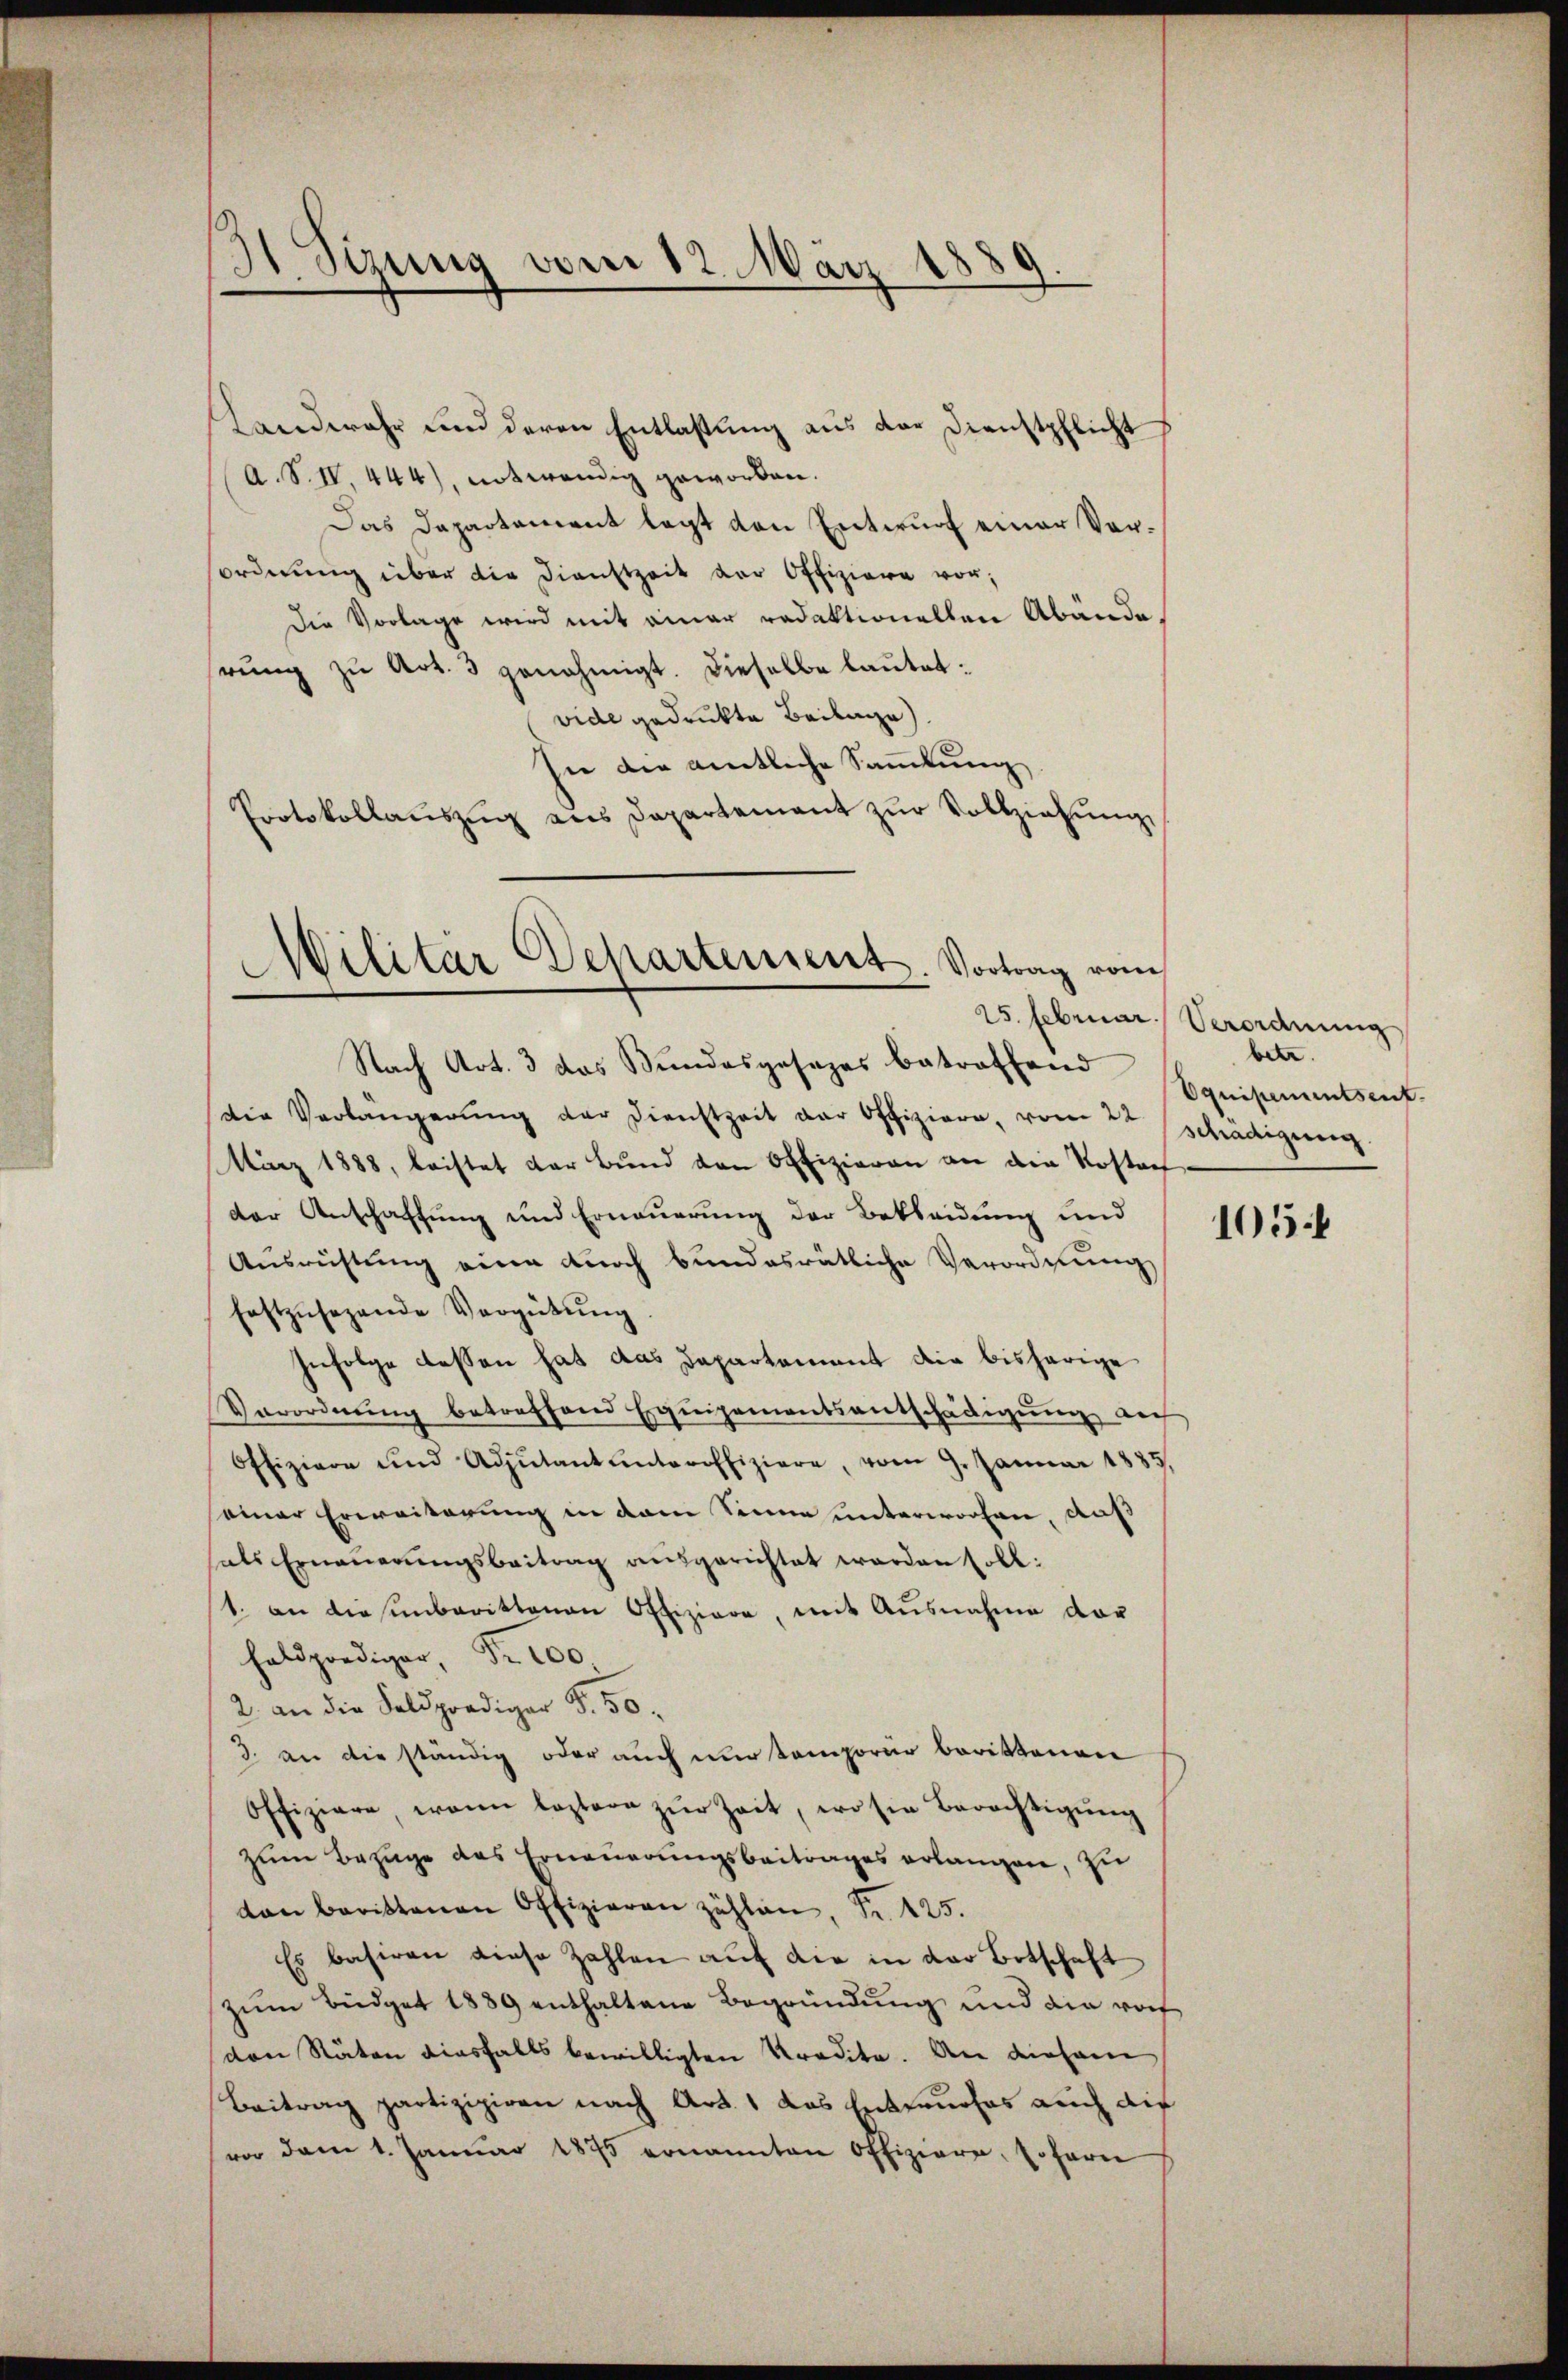
31 Sizung vom 12. März 1889.

Landwehr und deren Entlastung aus der Dienstpflicht
(A. S. IV. 444), notwendig geworden.
Das Departement legt den Entwurf einer Vorordnung über die Dienstzeit der Offiziere vor;
Die Vorlage wird mit einer redaktionellen Abände,
rŭng zŭ Art. 3 genehmigt. Dieselbe laŭtet:
vide gedruckte Beilage
In die amtliche Sammlung
Protokollauszug aus Departement zur Vollziehung,

Militär Departement. Vortrag vom

Nach Art. 3 das Bundesgesezes betreffend
die Verlängerŭng der Dienstzeit der Offiziere, vom 22 schädigung
März 1888, leistet der Bŭnd den Offizieren an die Kostaf
der Anschaffung und Erneuerung der Bekleidung und
Aŭsrüstŭng eine durch bundesrätliche Verordnŭng
festzŭsehende Vergütŭng
Infolge dessen hat das Dapartement die bisherige
Verordnung betreffend Equipementsentschädigung auf
Offiziere und Adjutantunteroffiziere, vom 9. Januar 1885.
seiner Erweiterung in dem Sinne unterworfen, auß
als Erneŭerŭngsbeitrag ausgerichtet werden soll:
1. an diesenbarittenen Offiziere, mit Ausnahme vor
prediger Fr. 100
2. an die Feldprediger §. 50.
3. an die ständig oder auch nur temporär berittenen
Offiziere wann leztere zŭr Zeit, wo sie Berechtigŭng
zŭm Bezüge des Erneuerungsbeitrages erlangen, zu
von berittenen Offizieren zählen, Fr. 425.
Es basiren diese Zahlen auf die in der Botschaft
zum Büdget 1889 enthaltene Begründung und die rof
den Räten diesfalls bewilligten Predite. An diesem
Beitrag partizipiren nach Art. 1 das Entwurfes auch auf
vor dem 1. Januar 1875 ernannten Offiziere, sofern

25. Februar Verordnung
betr.
Equipementsent.

105.